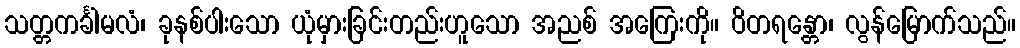
သတ္တကင်္ခါမလံ၊ ခုနစ်ပါးသော ယုံမှားခြင်းတည်းဟူသော အညစ် အကြေးကို။ ဝိတရန္တော၊ လွန်မြောက်သည်။